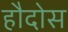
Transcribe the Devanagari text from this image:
हौदोस